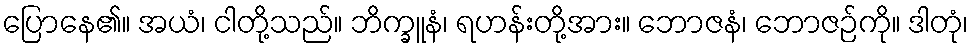
ပြောနေ၏။ အယံ၊ ငါတို့သည်။ ဘိက္ခူနံ၊ ရဟန်းတို့အား။ ဘောဇနံ၊ ဘောဇဉ်ကို။ ဒါတုံ၊